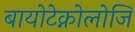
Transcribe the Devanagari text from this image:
बायोटेक्नोलोजि